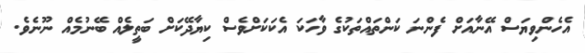
އެހެންވިޔަސް އޭނާއަށް ފެންނަ ކަންތައްތަކުގެ ވާހަކަ އެކަކަށްވެސް ކިޔާދޭކަށް ބަތީލެއް ބޭނުމެއް ނޫނެވެ.